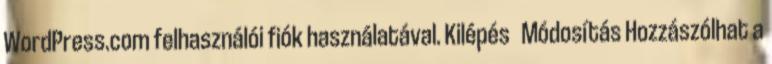
WordPress.com felhasználói fiók használatával. Kilépés Módosítás Hozzászólhat a